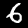
Digit: 6